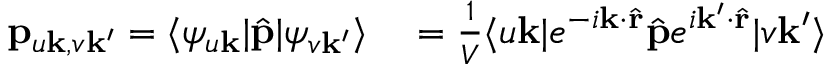
\begin{array} { r l } { \mathbf { p } _ { u \mathbf { k } , v \mathbf { k ^ { \prime } } } = \langle \psi _ { u \mathbf { k } } | \hat { \mathbf { p } } | \psi _ { v \mathbf { k } ^ { \prime } } \rangle } & { { } = \frac { 1 } { V } \langle u \mathbf { k } | e ^ { - i \mathbf { k } \cdot \hat { \mathbf { r } } } \hat { \mathbf { p } } e ^ { i \mathbf { k } ^ { \prime } \cdot \hat { \mathbf { r } } } | v \mathbf { k } ^ { \prime } \rangle } \end{array}